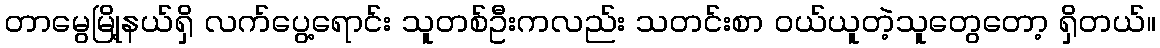
တာမွေမြို့နယ်ရှိ လက်ပွေ့ရောင်း သူတစ်ဦးကလည်း သတင်းစာ ဝယ်ယူတဲ့သူတွေတော့ ရှိတယ်။